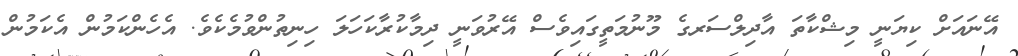
އޭނައަށް ކިޔަނީ މިޝްކާތަ އާދިލްސަރގެ މޫނުމަތީގައިވެސް އޭރުވަނީ ދިމާކުރާކަހަލަ ހިނިތުންވުމެކެވެ. އެހެންކަމުން އެކަމުން